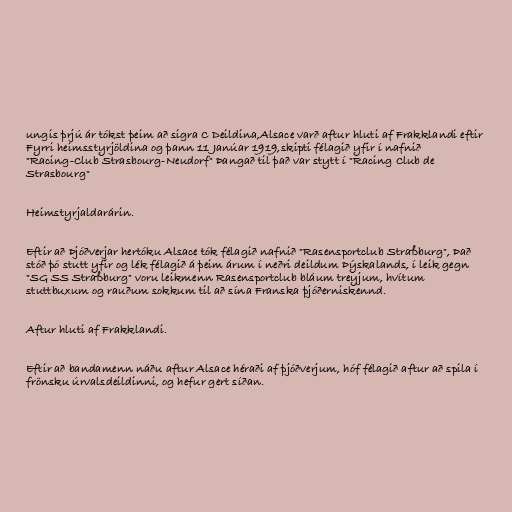
ungis þrjú ár tókst þeim að sigra C Deildina,Alsace varð aftur hluti af Frakklandi eftir
Fyrri heimsstyrjöldina og þann 11 Janúar 1919,skipti félagið yfir í nafnið
"Racing-Club Strasbourg-Neudorf" Þangað til það var stytt í "Racing Club de
Strasbourg"

Heimstyrjaldarárin.

Eftir að Þjóðverjar hertóku Alsace tók félagið nafnið "Rasensportclub Straßburg", Það
stóð þó stutt yfir og lék félagið á þeim árum í neðri deildum Þýskalands, í leik gegn
"SG SS Straßburg" voru leikmenn Rasensportclub bláum treyjum, hvítum
stuttbuxum og rauðum sokkum til að sína Franska þjóðerniskennd.

Aftur hluti af Frakklandi.

Eftir að bandamenn náðu aftur Alsace héraði af þjóðverjum, hóf félagið aftur að spila í
frönsku úrvalsdeildinni, og hefur gert síðan.